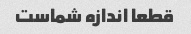
قطعا اندازه شماست